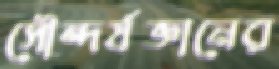
সৌন্দর্যজ্ঞানের